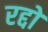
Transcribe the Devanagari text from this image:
रद्दो